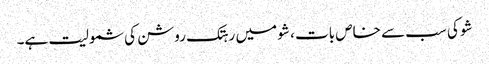
شو کی سب سے خاص بات ، شو میں رہتک روشن کی شمولیت ہے۔